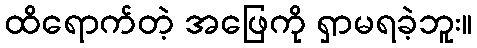
ထိရောက်တဲ့ အဖြေကို ရှာမရခဲ့ဘူး။